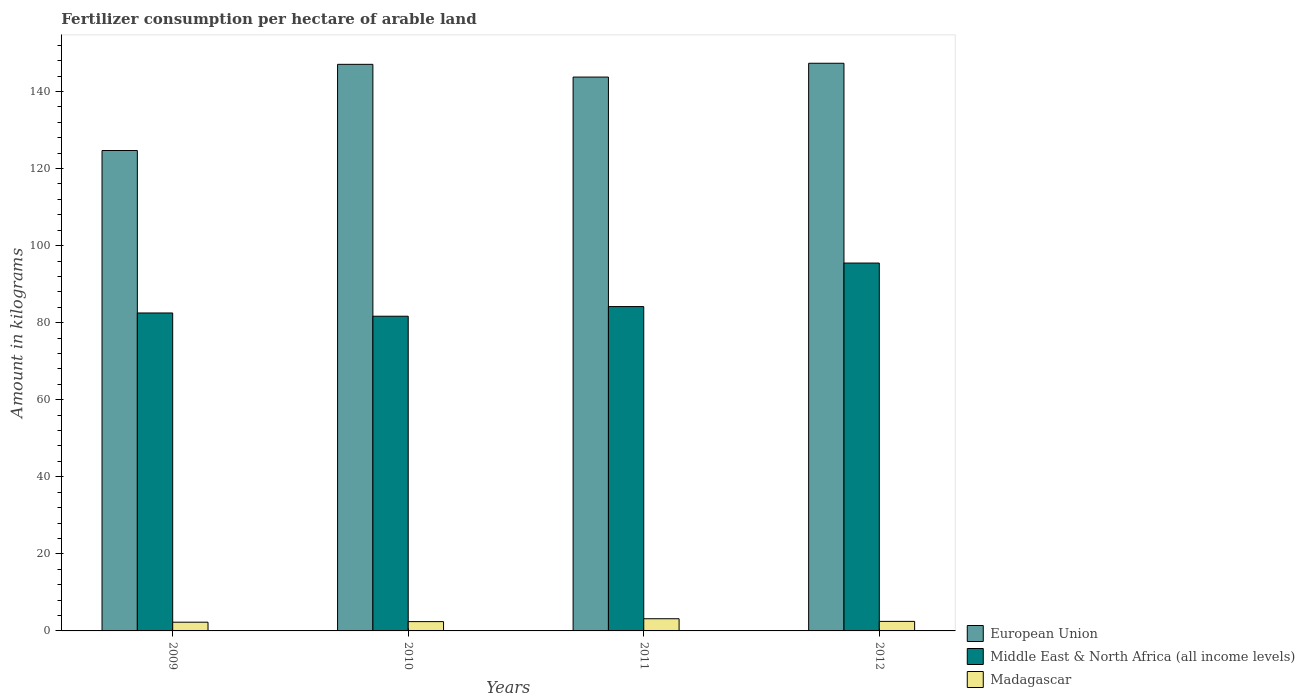
| Years | European Union | Middle East & North Africa (all income levels) | Madagascar |
 | --- | --- | --- | --- |
 | 2009 | 125 | 82.5 | 2.27 |
 | 2010 | 147 | 81.7 | 2.42 |
 | 2011 | 144 | 84.2 | 3.16 |
 | 2012 | 147 | 95.5 | 2.48 |